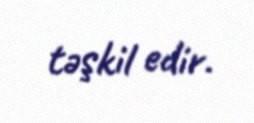
təşkil edir.